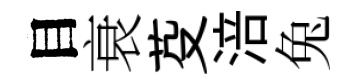
目衰芟涪兔